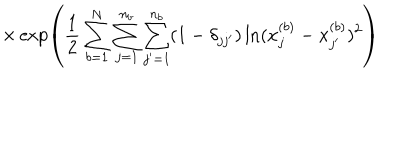
\times \exp \left( \frac { 1 } { 2 } \sum _ { b = 1 } ^ { N } \sum _ { j = 1 } ^ { n _ { b } } \sum _ { j ^ { \prime } = 1 } ^ { n _ { b } } ( 1 - \delta _ { j j ^ { \prime } } ) \ln ( x _ { j } ^ { ( b ) } - x _ { j ^ { \prime } } ^ { ( b ) } ) ^ { 2 } \right)